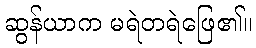
ဆွန်ယာက မရဲတရဲဖြေ၏။